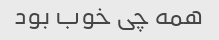
همه چی خوب بود